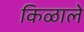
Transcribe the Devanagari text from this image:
किळाले